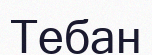
Тебан